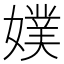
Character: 𡡐